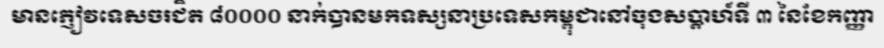
មានភ្ញៀវទេសចរជិត ៨០០០០ នាក់បានមកទស្សនាប្រទេសកម្ពុជានៅចុងសប្តាហ៍ទី ៣ នៃខែកញ្ញា